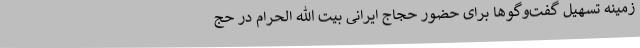
زمینه تسهیل گفت‌وگوها برای حضور حجاج ایرانی بیت الله الحرام در حج